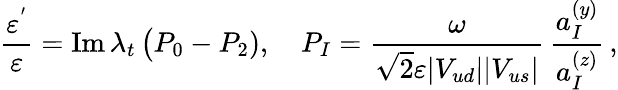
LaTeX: \frac{\varepsilon^{'}}{\varepsilon}=\mathrm{Im}\, \lambda_{t}\, \big(P_{0}-P_{2}),\quad P_{I}=\frac{\omega}{\sqrt{2}\varepsilon|V_{ud}||V_{us}|}\, \frac{a_{I}^{(y)}}{a_{I}^{(z)}}\, ,